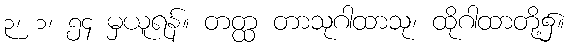
၃၊ ၁၊ ၅၄ မှယူရန်။ တတ္ထ တာသုဂါထာသု၊ ထိုဂါထာတို့၌။